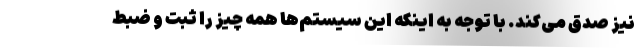
نیز صدق می‌کند. با توجه به اینکه این سیستم‌ها همه چیز را ثبت و ضبط